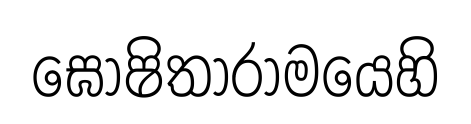
ඝොෂිතාරාමයෙහි